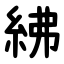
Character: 紼